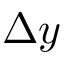
\Delta y